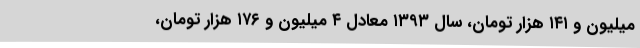
میلیون و ۱۴۱ هزار تومان، سال ۱۳۹۳ معادل ۴ میلیون و ۱۷۶ هزار تومان،